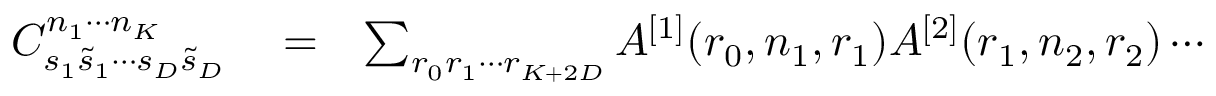
\begin{array} { r l r } { C _ { s _ { 1 } \tilde { s } _ { 1 } \cdots s _ { D } \tilde { s } _ { D } } ^ { n _ { 1 } \cdots n _ { K } } } & { { } = } & { \sum _ { r _ { 0 } r _ { 1 } \cdots r _ { K + 2 D } } A ^ { [ 1 ] } ( r _ { 0 } , n _ { 1 } , r _ { 1 } ) A ^ { [ 2 ] } ( r _ { 1 } , n _ { 2 } , r _ { 2 } ) \cdots } \end{array}